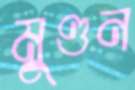
মুণ্ডন